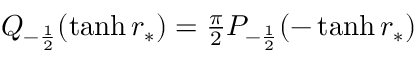
\begin{array} { r } { Q _ { - \frac { 1 } { 2 } } ( \operatorname { t a n h } r _ { * } ) = \frac { \pi } { 2 } P _ { - \frac { 1 } { 2 } } ( - \operatorname { t a n h } r _ { * } ) } \end{array}